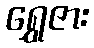
ရွှေဇား